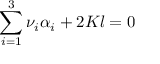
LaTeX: \sum _ { i = 1 } ^ { 3 } \nu _ { i } \alpha _ { i } + 2 K l = 0